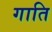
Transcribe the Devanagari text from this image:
गाति